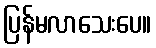
ပြန်မလာသေးပေ။